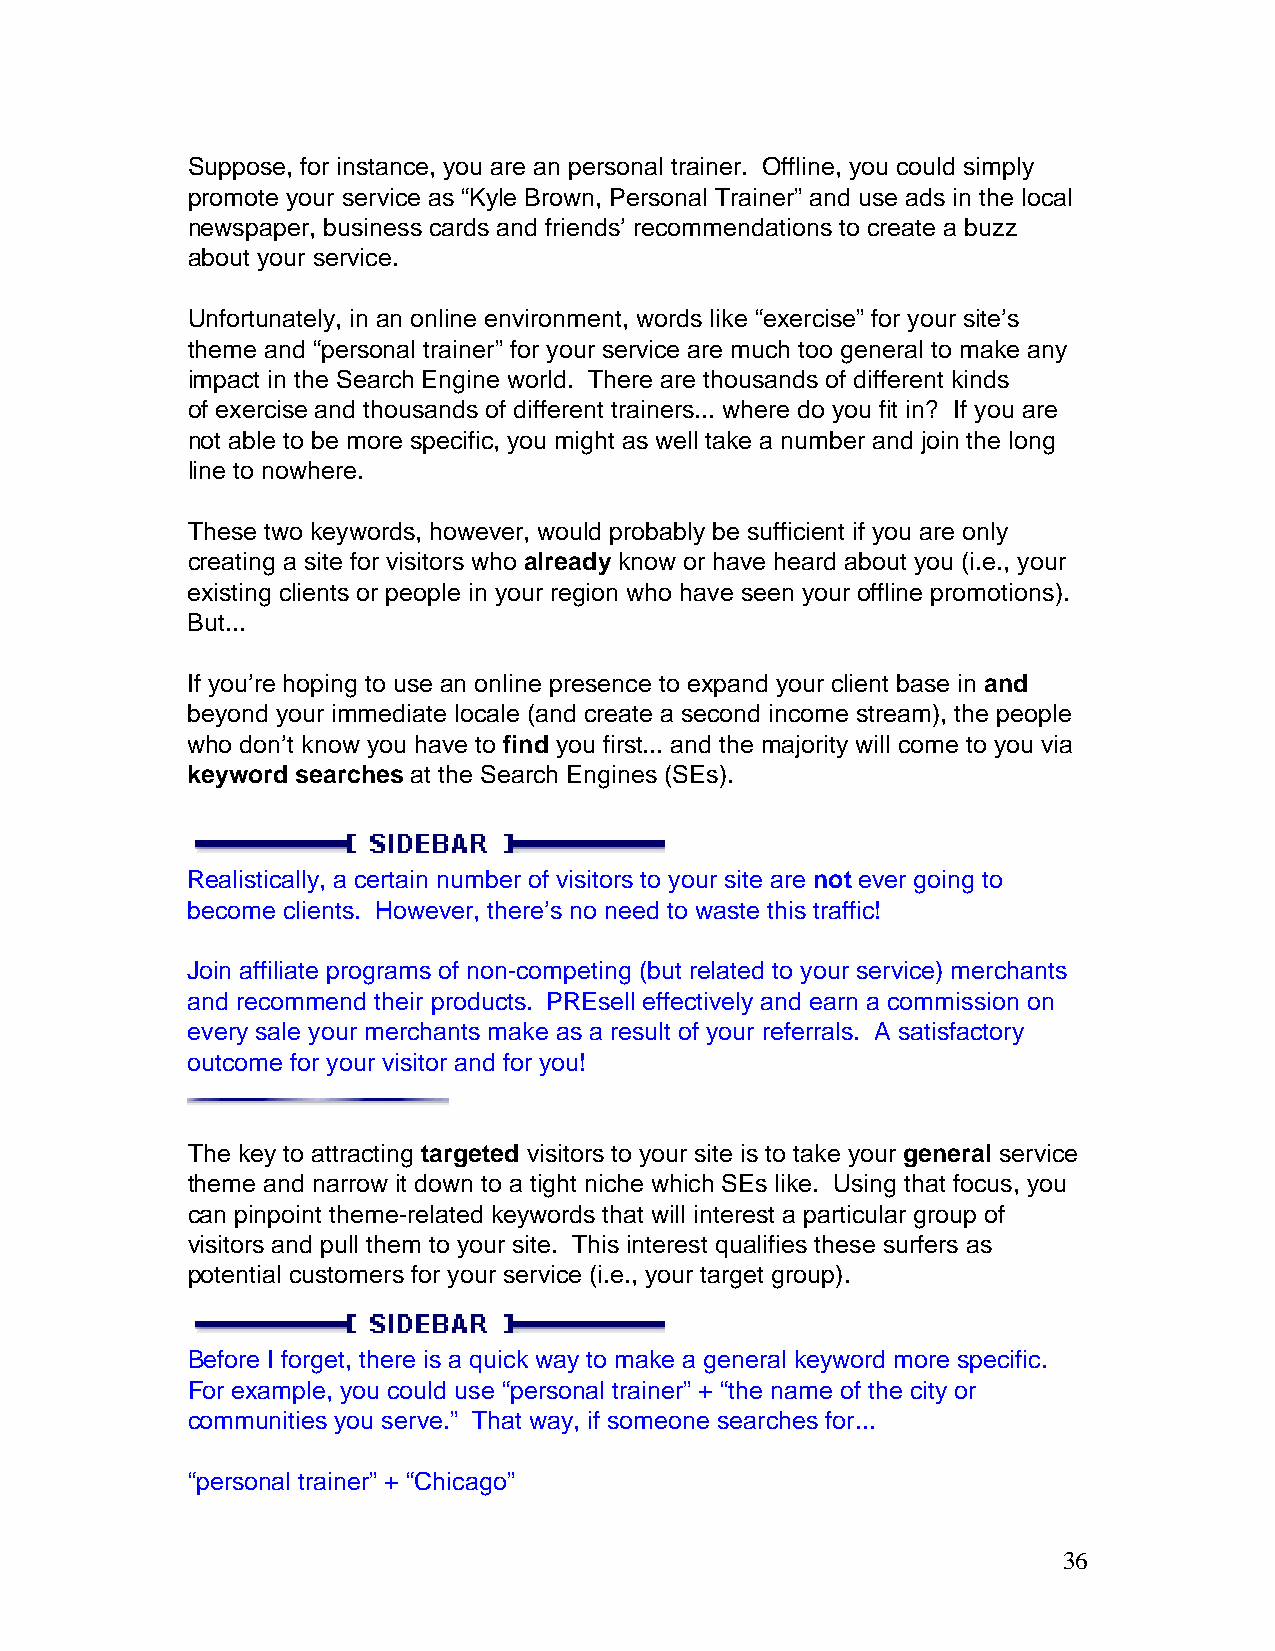
Suppose, for instance, you are an personal trainer. Offline, you could simply
 promote your service as “Kyle Brown, Personal Trainer” and use ads in the local
 newspaper, business cards and friends’ recommendations to create a buzz
 about your service.
 Unfortunately, in an online environment, words like “exercise” for your site’s
 theme and “personal trainer” for your service are much too general to make any
 impact in the Search Engine world. There are thousands of different kinds
 of exercise and thousands of different trainers... where do you fit in? If you are
 not able to be more specific, you might as well take a number and join the long
 line to nowhere.
 These two keywords, however, would probably be sufficient if you are only
 creating a site for visitors who already know or have heard about you (i.e., your
 existing clients or people in your region who have seen your offline promotions).
 But...
 If you’re hoping to use an online presence to expand your client base in and
 beyond your immediate locale (and create a second income stream), the people
 who don’t know you have to find you first... and the majority will come to you via
 keyword searches at the Search Engines (SEs).
 Realistically, a certain number of visitors to your site are not ever going to
 become clients. However, there’s no need to waste this traffic!
 Join affiliate programs of non-competing (but related to your service) merchants
 and recommend their products. PREsell effectively and earn a commission on
 every sale your merchants make as a result of your referrals. A satisfactory
 outcome for your visitor and for you!
 The key to attracting targeted visitors to your site is to take your general service
 theme and narrow it down to a tight niche which SEs like. Using that focus, you
 can pinpoint theme-related keywords that will interest a particular group of
 visitors and pull them to your site. This interest qualifies these surfers as
 potential customers for your service (i.e., your target group).
 Before I forget, there is a quick way to make a general keyword more specific.
 For example, you could use “personal trainer” + “the name of the city or
 communities you serve.” That way, if someone searches for...
 “personal trainer” + “Chicago”
 36